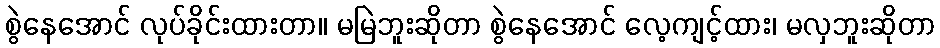
စွဲနေအောင် လုပ်ခိုင်းထားတာ။ မမြဲဘူးဆိုတာ စွဲနေအောင် လေ့ကျင့်ထား၊ မလှဘူးဆိုတာ